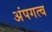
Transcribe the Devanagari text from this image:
अंपगत्व